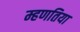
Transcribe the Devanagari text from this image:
म्हणतिया